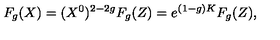
F _ { g } ( X ) = ( X ^ { 0 } ) ^ { 2 - 2 g } F _ { g } ( Z ) = e ^ { ( 1 - g ) K } F _ { g } ( Z ) ,